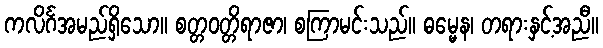
ကလိင်္ဂအမည်ရှိသော။ စတ္တဝတ္တိရာဇာ၊ စကြာမင်းသည်။ ဓမ္မေန၊ တရားနှင့်အညီ။